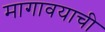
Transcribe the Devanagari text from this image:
मागावयाची